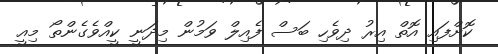
ކޮށްފައި އޮތް އިރު ދިވެހި ބަސް ފެއިލް ވަމުން މިދަނީ ކީއްވެގެންތޯ މިއީ